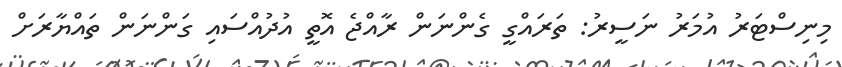
މިނިސްޓަރު އުމަރު ނަސީރު: ތަރައްގީ ގެންނަން ރާއްޖެ އޮތީ އުދުއްސައި ގަންނަން ތައްޔާރަށް